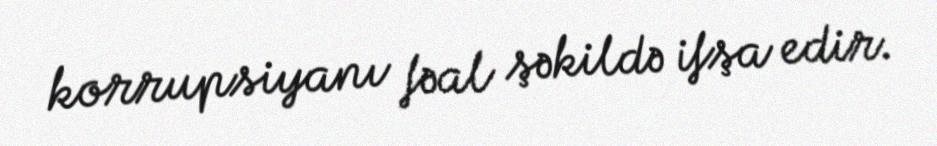
korrupsiyanı fəal şəkildə ifşa edir.